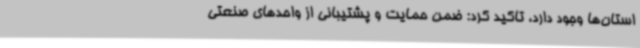
استان‌ها وجود دارد، تاکید کرد: ضمن حمایت و پشتیبانی از واحدهای صنعتی